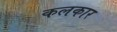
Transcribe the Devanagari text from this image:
कलकार